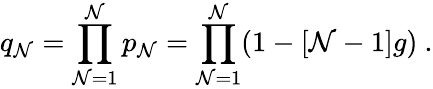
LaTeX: q_{\mathcal{N}}=\prod_{\mathcal{N}=1}^{\mathcal{N}}p_{\mathcal{N}}=\prod_{\mathcal{N}=1}^{\mathcal{N}}(1-[\mathcal{N}-1]g)\ .